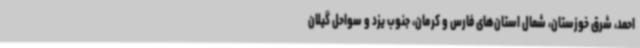
احمد، شرق خوزستان، شمال استان‌های فارس و کرمان، جنوب یزد و سواحل گیلان